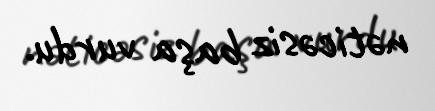
nəticəsiz başa vurdu.